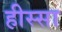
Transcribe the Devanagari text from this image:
हीस्सा